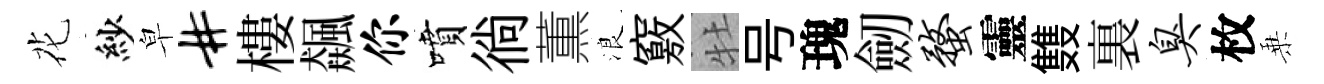
花紗皁#樓飆你噴徜薫浪竅牡号瑰劒蝥靈䨇裏臭枚乗